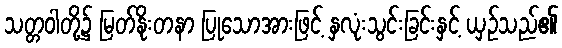
သတ္တဝါတို့၌ မြတ်နိုးတနာ ပြုသောအားဖြင့် နှလုံးသွင်းခြင်းနှင့် ယှဉ်သည်၏